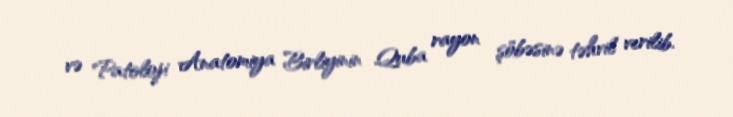
və Patoloji Anatomiya Birliyinin Quba rayon şöbəsinə təhvil verilib.